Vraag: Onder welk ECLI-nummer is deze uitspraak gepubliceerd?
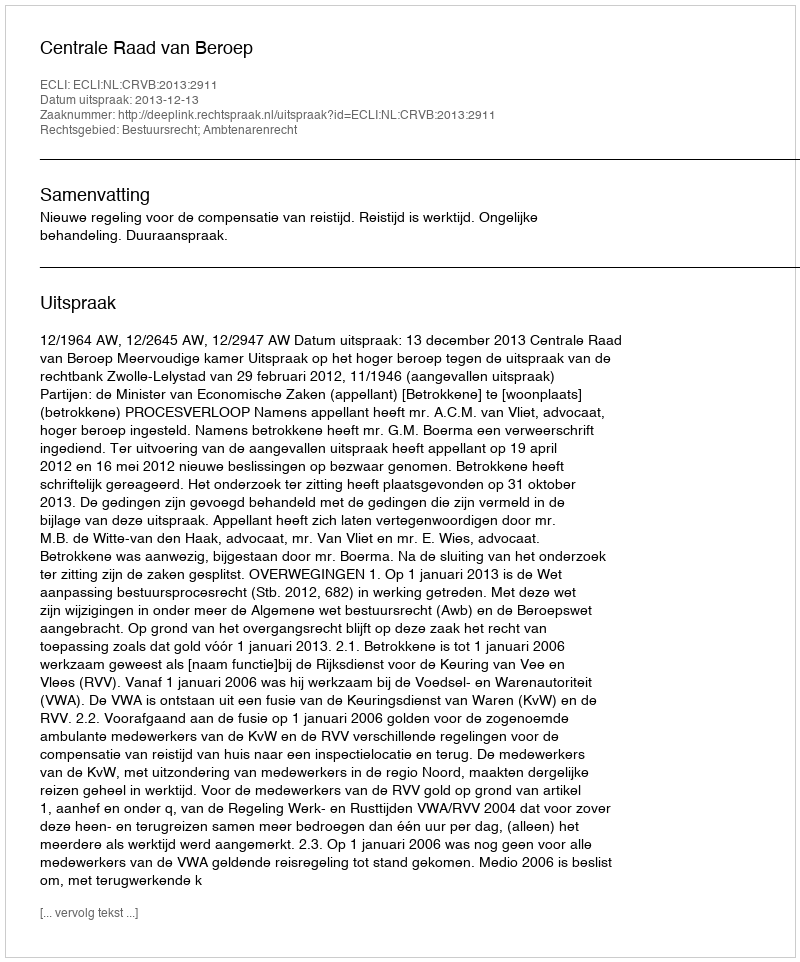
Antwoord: ECLI:NL:CRVB:2013:2911